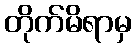
တိုက်မိရာမှ